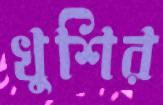
খুশির